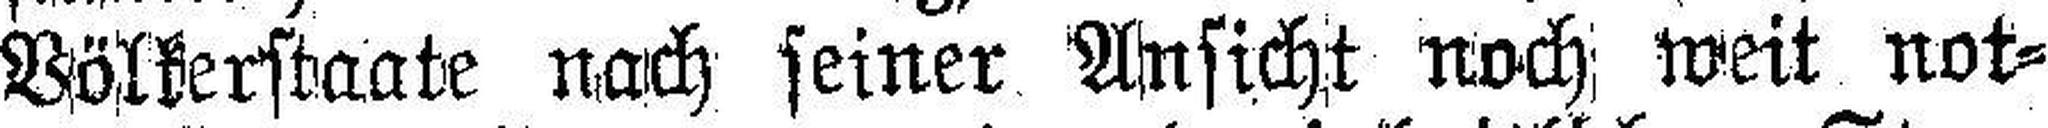
Völkerstaate nach seiner Ansicht noch weit not¬